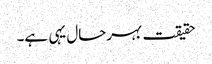
حقیقت بہرحال یہی ہے۔